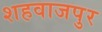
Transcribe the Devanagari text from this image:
शहवाजपुर